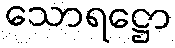
သောရဋ္ဌော